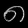
Digit: ၈